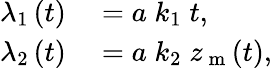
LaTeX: \begin{array}{rl}{\lambda_{1}\left(t\right)}&{{}=a\; k_{1}\; t,}\\ {\lambda_{2}\left(t\right)}&{{}=a\; k_{2}\; z_{\mathrm{~m~}}(t),}\end{array}